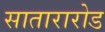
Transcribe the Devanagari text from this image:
सातारारोड